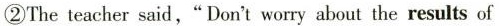
②The teacher said,"Don't worry about the results of